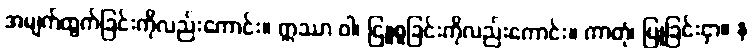
အမျက်ထွက်ခြင်းကိုလည်းကောင်း။ ဣဿာ ဝါ၊ ငြူစူခြင်းကိုလည်းကောင်း။ ကာတုံ၊ ပြုခြင်းငှာ။ န